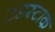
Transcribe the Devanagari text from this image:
उडस्टाक